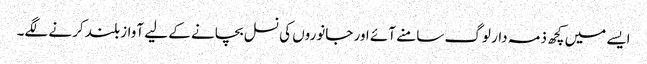
ایسے میں کچھ ذمہ دار لوگ سامنے آئے اور جانوروں کی نسل بچانے کے لیے آواز بلند کرنے لگے۔